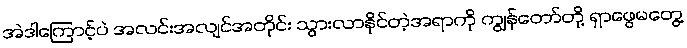
အဲဒါကြောင့်ပဲ အလင်းအလျင်အတိုင်း သွားလာနိုင်တဲ့အရာကို ကျွန်တော်တို့ ရှာဖွေမတွေ့